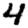
Digit: 4